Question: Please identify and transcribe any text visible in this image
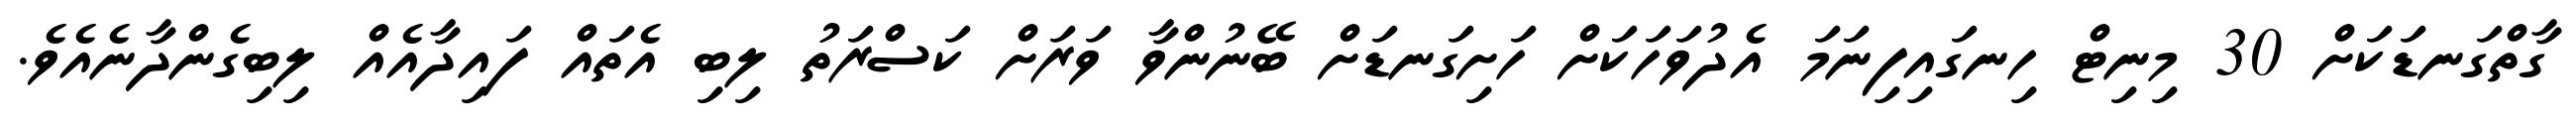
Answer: ގާތްގަނޑަކަށް 30 މިނިޓް ހިނގައިފިނަމަ އެދުވަހަކަށް ހަށިގަނޑަށް ބޭނުންވާ ވަރަށް ކަސްރަތު ލިބި އެތައް ފައިދާއެއް ލިބިގެންދާނެއެވެ.